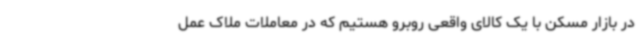
در بازار مسکن با یک کالای واقعی روبرو هستیم که در معاملات ملاک عمل